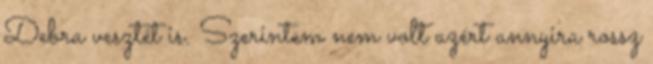
Debra vesztét is. Szerintem nem volt azért annyira rossz